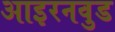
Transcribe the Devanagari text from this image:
आइरनवुड